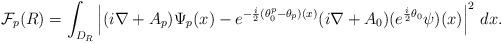
LaTeX: \begin{align*}{\mathcal F}_p(R)=\int_{D_{R}}\left|(i\nabla+A_p)\Psi_p(x)-e^{-\frac i2(\theta_0^p-\theta_p)(x)}(i\nabla+A_0)(e^{\frac i2\theta_0}\psi)(x)\right|^2\,dx.\end{align*}